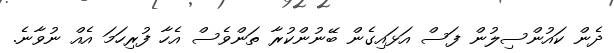
ދެން ކައުންސިލުން ފަސް އަޅައިގެން ބޭނުންކުރާ ތަންވެސް އެހާ ފުރިހަމަ އެއް ނުވާނެ.